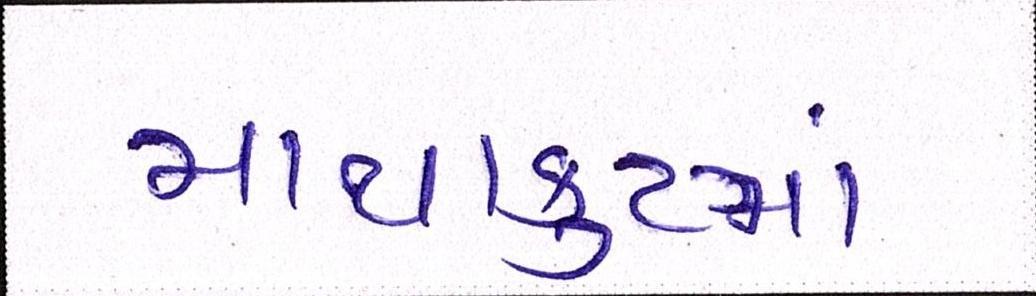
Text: માથાકુટમાં